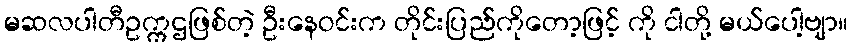
မဆလပါတီဥက္ကဌဖြစ်တဲ့ ဦးနေဝင်းက တိုင်းပြည်ကိုတော့ဖြင့် ကို ငါတို့ မယ်ပေါ့ဗျာ။